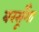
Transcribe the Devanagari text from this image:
बरसूँगा